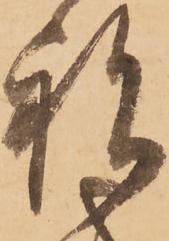
祝